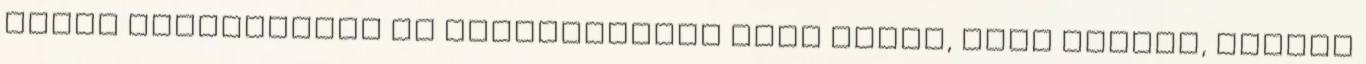
olyan intelligens és elfogulatlan akar lenni, mint Renton, Renton